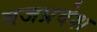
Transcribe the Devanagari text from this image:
ब्रजप्रदेश